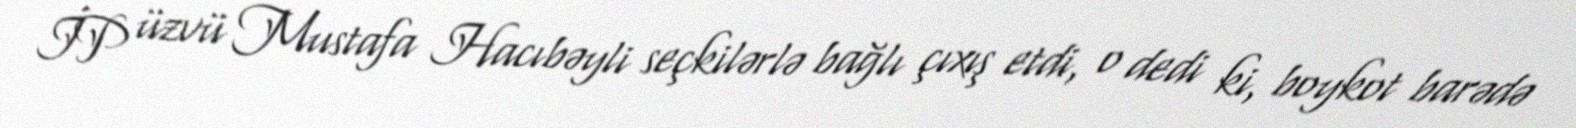
İP üzvü Mustafa Hacıbəyli seçkilərlə bağlı çıxış etdi, o dedi ki, boykot barədə